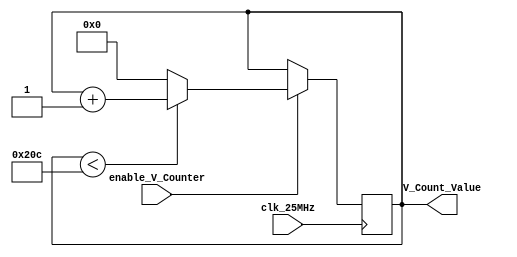
`timescale 1ns / 1ps

module v_counter(
    input clk_25MHz,
    input enable_V_Counter,
    output reg [9:0] V_Count_Value = 0
);

    always@(posedge clk_25MHz) begin
        if (enable_V_Counter == 1'b1) begin
            if (V_Count_Value < 524)
                V_Count_Value <= V_Count_Value + 1;
            else
                V_Count_Value <= 0;
            end
        end
endmodule